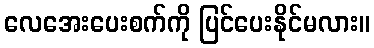
လေအေးပေးစက်ကို ပြင်ပေးနိုင်မလား။